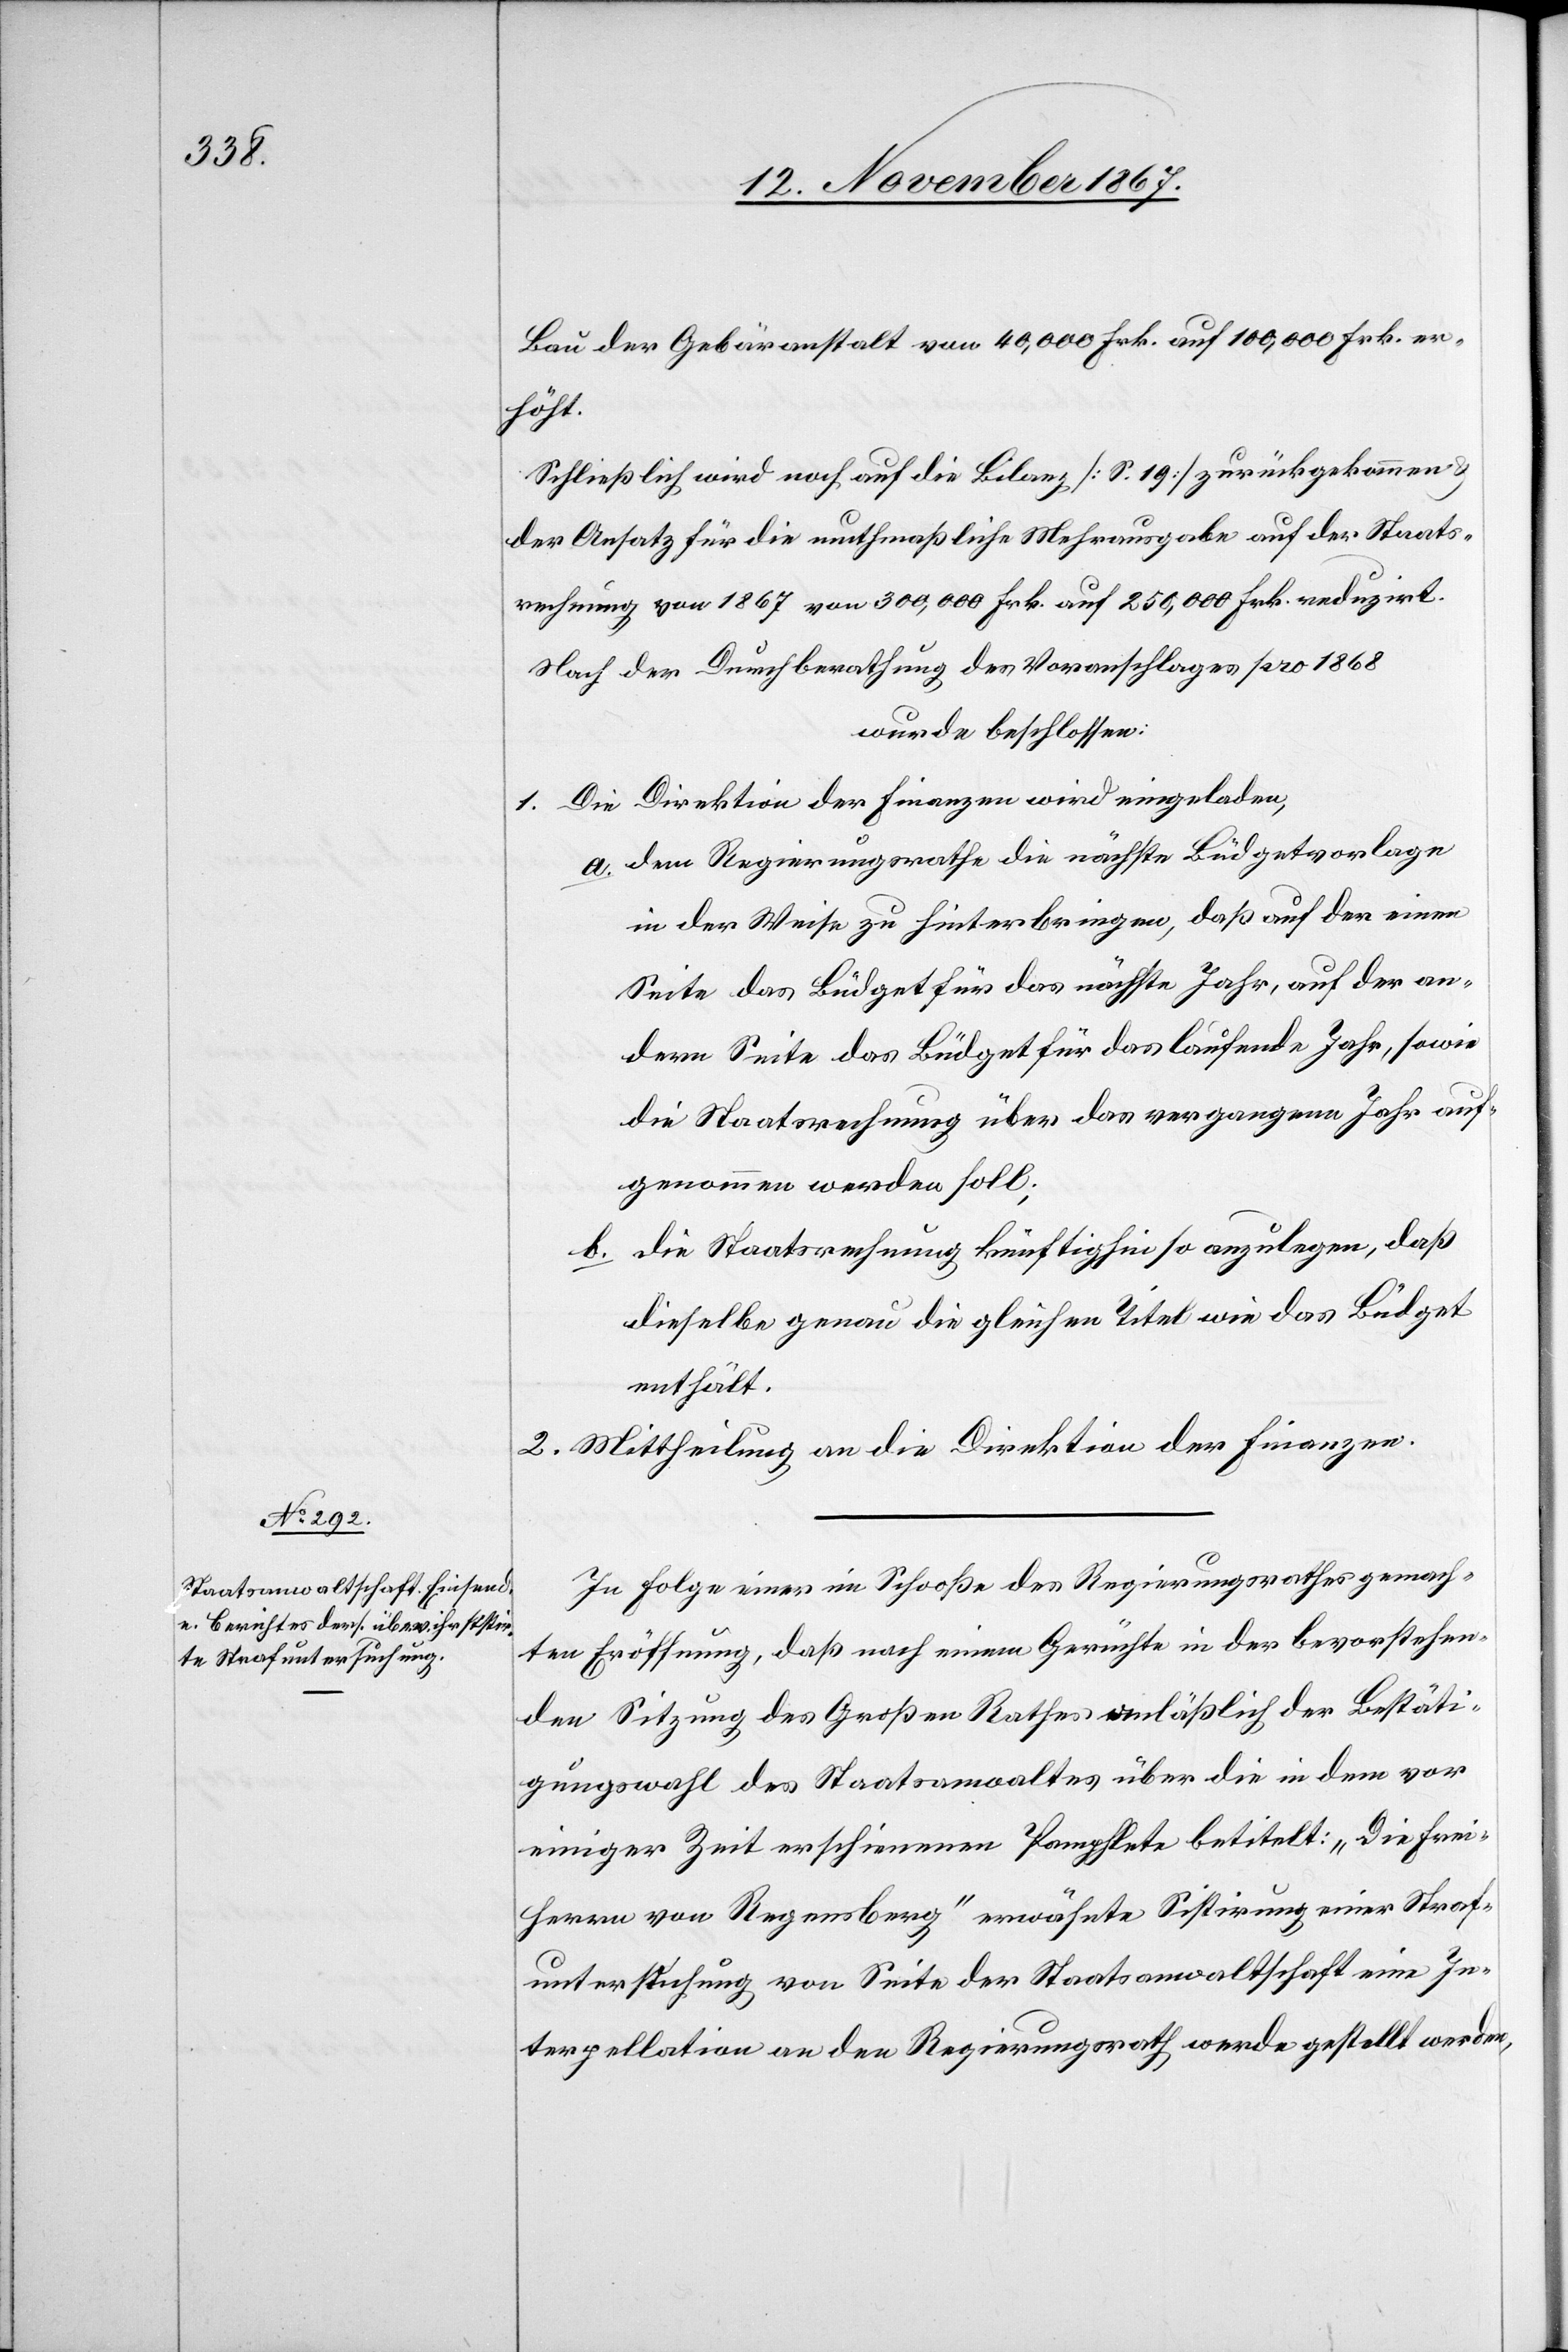
Bau der Gebäranstalt von 40 000 Frk. auf 100 000 Frk. er¬
höht.
Schließlich wird noch auf die Bilanz [S. 19] zurückgekommen
der Ansatz für die muthmaßlichen Mehrausgaben auf der Staats¬
rechnung von 1867 von 300 000 Frk. auf 250 000 Frk. reduzirt.
Nach der Durchberathung des Voranschlages pro 1868
wurde beschlossen:
Die Direktion der Finanzen wird eingeladen:
1.
a. dem Regierungsrathe die nächste Büdgetvorlage
in der Weise zu hinterbringen, daß auf der einen
Seite das Büdget für das nächste Jahr, auf der an¬
dern Seite das Büdget für das laufende Jahr, sowie
die Staatsrechnung über das vergangene Jahr auf¬
genommen werden soll;
b. die Staatsrechnung künftighin so anzulegen, daß
dieselbe genau die gleichen Titel wie das Büdget
enthält.
2. Mittheilung an die Direktion der Finanzen.
In Folge einer im Schooße des Regierungsrathes gemach¬
ten Eröffnung, daß nach einem Gerüchte in der bevorstehen¬
den Sitzung des Großen Rathes anläßlich der Bestäti¬
gungswahl des Staatsanwaaltes über die in dem vor
einiger Zeit erschienen Pamphlete betitelt: „Die Frei¬
herren von Regensburg“ erwähnte Sistirung einer Straf¬
untersuchung von Seite der Staatsanwaltschaft eine In¬
terpellation an den Regierungsrath werde gestellt werden,